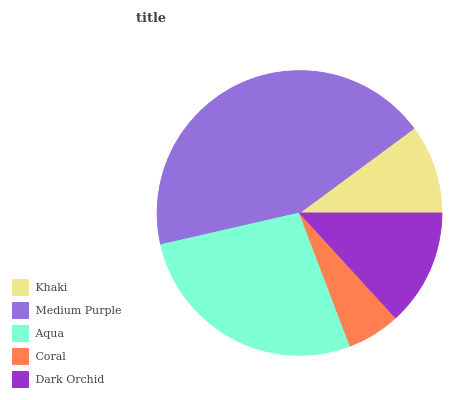
| Khaki | Medium Purple | Aqua | Coral | Dark Orchid |
 | --- | --- | --- | --- | --- |
 | 10.1% | 43.4% | 27.2% | 6.02% | 13.2% |